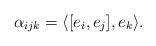
LaTeX: \begin{align*} \alpha_{ijk}=\langle[e_i,e_j],e_k \rangle.\end{align*}